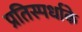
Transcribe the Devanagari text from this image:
प्रतिस्पर्धाके